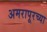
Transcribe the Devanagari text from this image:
अमरापूरच्या